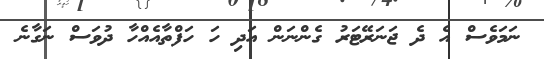
ނަމަވެސް އެ ދެ ޖަނަރޭޓަރު ގެންނަން އަދި ހަ ހަފްތާއެއްހާ ދުވަސް ނަގާނެ